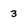
Character: 3